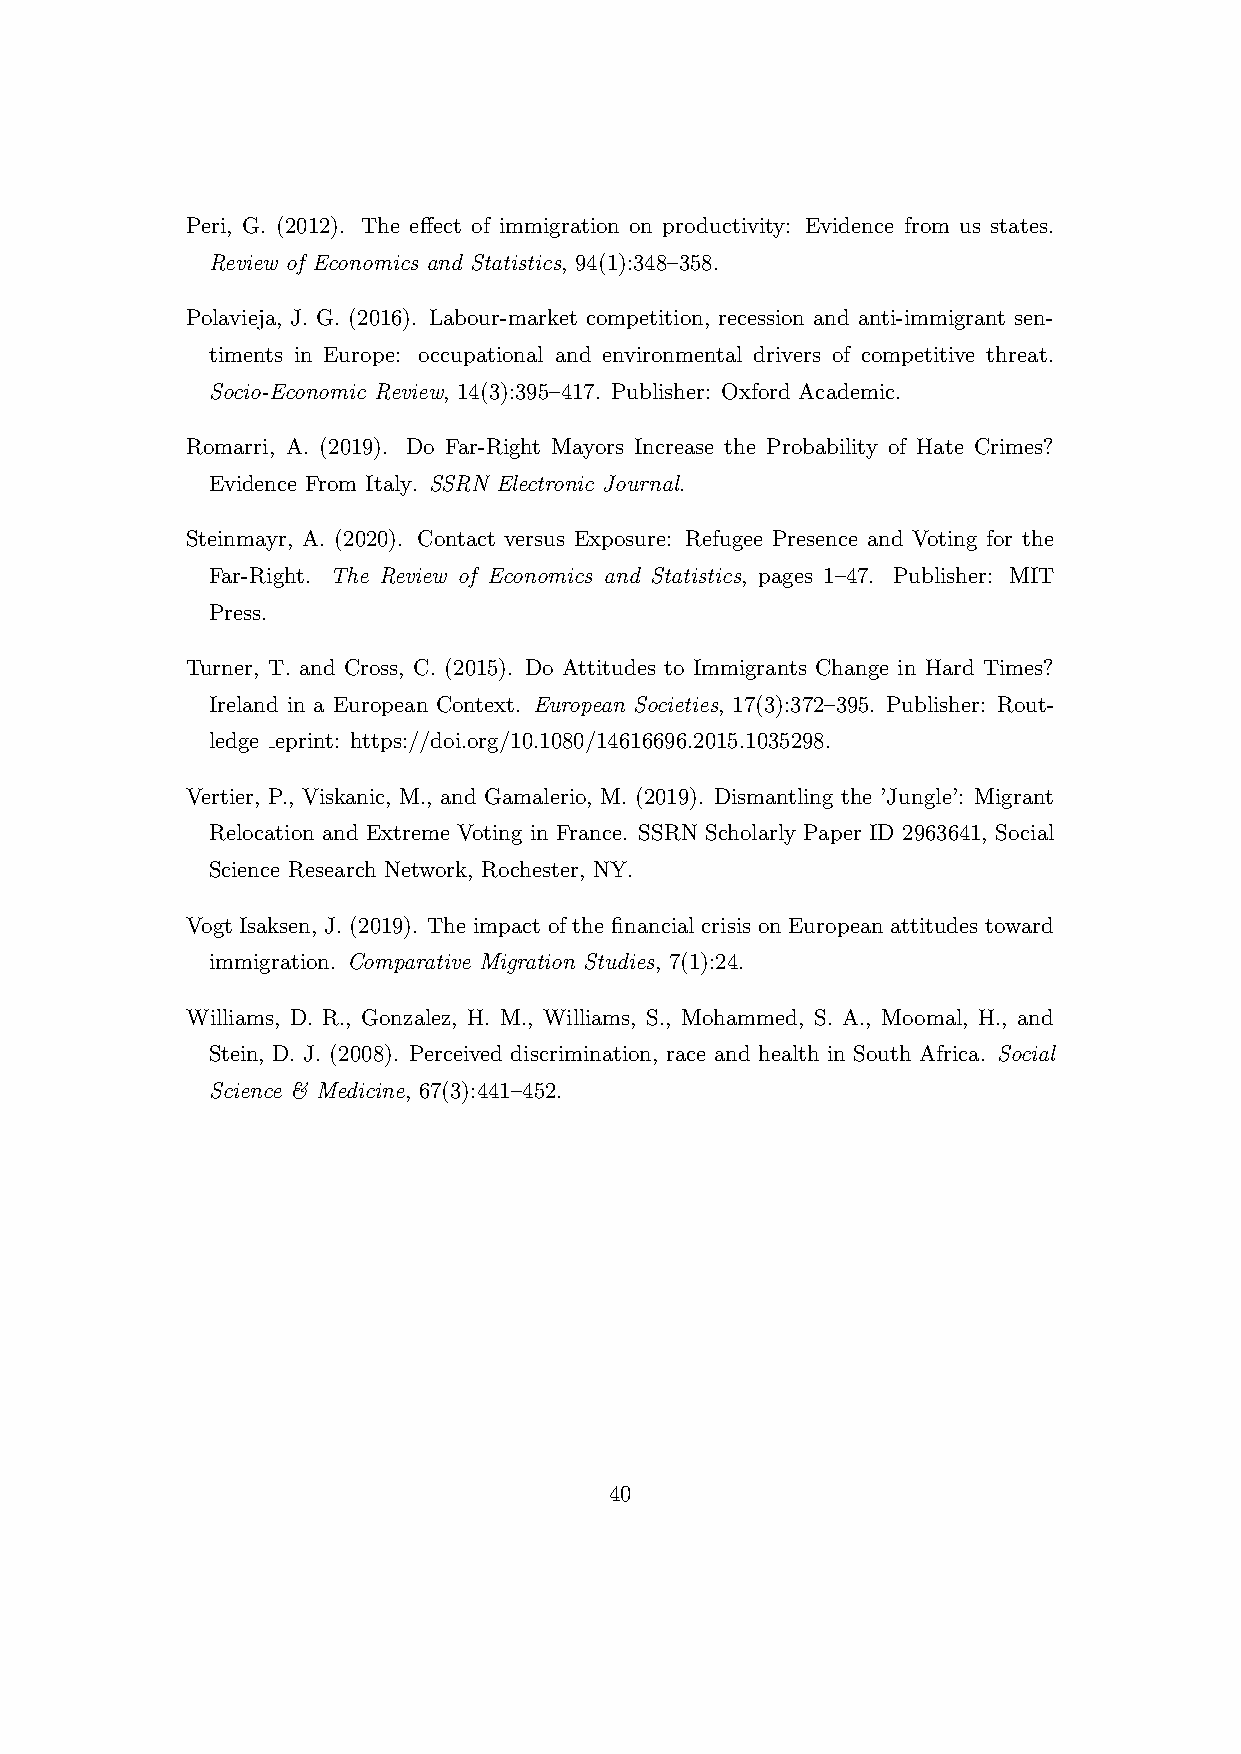
Peri, G. (2012). The effect of immigration on productivity: Evidence from us states.
 Review of Economics and Statistics, 94(1):348–358.
 Polavieja, J. G. (2016). Labour-market competition, recession and anti-immigrant sen-
 timents in Europe: occupational and environmental drivers of competitive threat.
 Socio-Economic Review, 14(3):395–417. Publisher: Oxford Academic.
 Romarri, A. (2019). Do Far-Right Mayors Increase the Probability of Hate Crimes?
 Evidence From Italy. SSRN Electronic Journal.
 Steinmayr, A. (2020). Contact versus Exposure: Refugee Presence and Voting for the
 Far-Right. The Review of Economics and Statistics, pages 1–47. Publisher: MIT
 Press.
 Turner, T. and Cross, C. (2015). Do Attitudes to Immigrants Change in Hard Times?
 Ireland in a European Context. European Societies, 17(3):372–395. Publisher: Rout-
 ledge eprint: https://doi.org/10.1080/14616696.2015.1035298.
 Vertier, P., Viskanic, M., and Gamalerio, M. (2019). Dismantling the ’Jungle’: Migrant
 Relocation and Extreme Voting in France. SSRN Scholarly Paper ID 2963641, Social
 Science Research Network, Rochester, NY.
 Vogt Isaksen, J. (2019). The impact of the financial crisis on European attitudes toward
 immigration. Comparative Migration Studies, 7(1):24.
 Williams, D. R., Gonzalez, H. M., Williams, S., Mohammed, S. A., Moomal, H., and
 Stein, D. J. (2008). Perceived discrimination, race and health in South Africa. Social
 Science & Medicine, 67(3):441–452.
 40